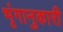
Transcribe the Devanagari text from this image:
भृंगानुकारी